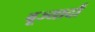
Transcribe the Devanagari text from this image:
बूज्यार्दो